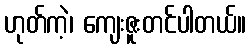
ဟုတ်ကဲ့၊ ကျေးဇူးတင်ပါတယ်။